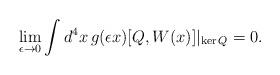
LaTeX: \begin{align*}\lim_{\epsilon\to 0}\int d^4x\,g(\epsilon x)[Q,W(x)]\vert_{\mathrm{ker}\,Q}=0. \end{align*}